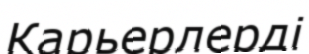
Карьерлерді